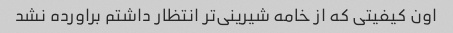
اون کیفیتی که از خامه شیرینی‌تر انتظار داشتم براورده نشد